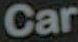
Car